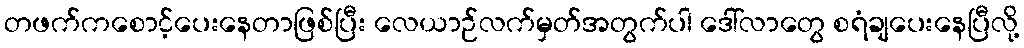
တဖက်ကစောင့်ပေးနေတာဖြစ်ပြီး လေယာဉ်လက်မှတ်အတွက်ပါ ဒေါ်လာတွေ စရံချပေးနေပြီလို့